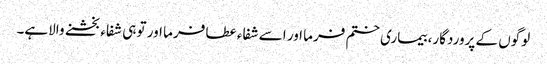
لوگوں کے پروردگار، بیماری ختم فرما اور اسے شفاء عطا فرما اور تو ہی شفاء بخشنے والاہے۔